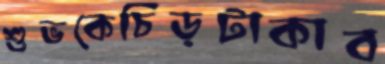
শুভকেচিড়টাকাব